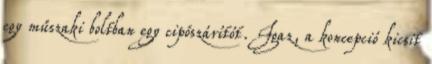
egy műszaki boltban egy cipőszárítót. Igaz, a koncepció kicsit